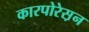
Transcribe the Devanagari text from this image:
कारपोरेस़न